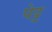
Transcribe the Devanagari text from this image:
पेट्ट